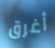
أغرق